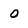
Character: 0